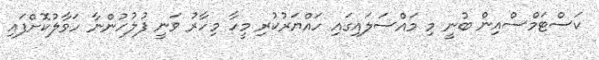
ކަސްޓަމްސްއިން ބުނީ މި މައްސަލައިގައި ހައްޔަރުކުރި މީހާ މިހާރު ވަނީ ފުލުހުންނާ ހަވާލުކޮށްފައި